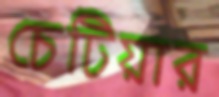
চেটিয়ার